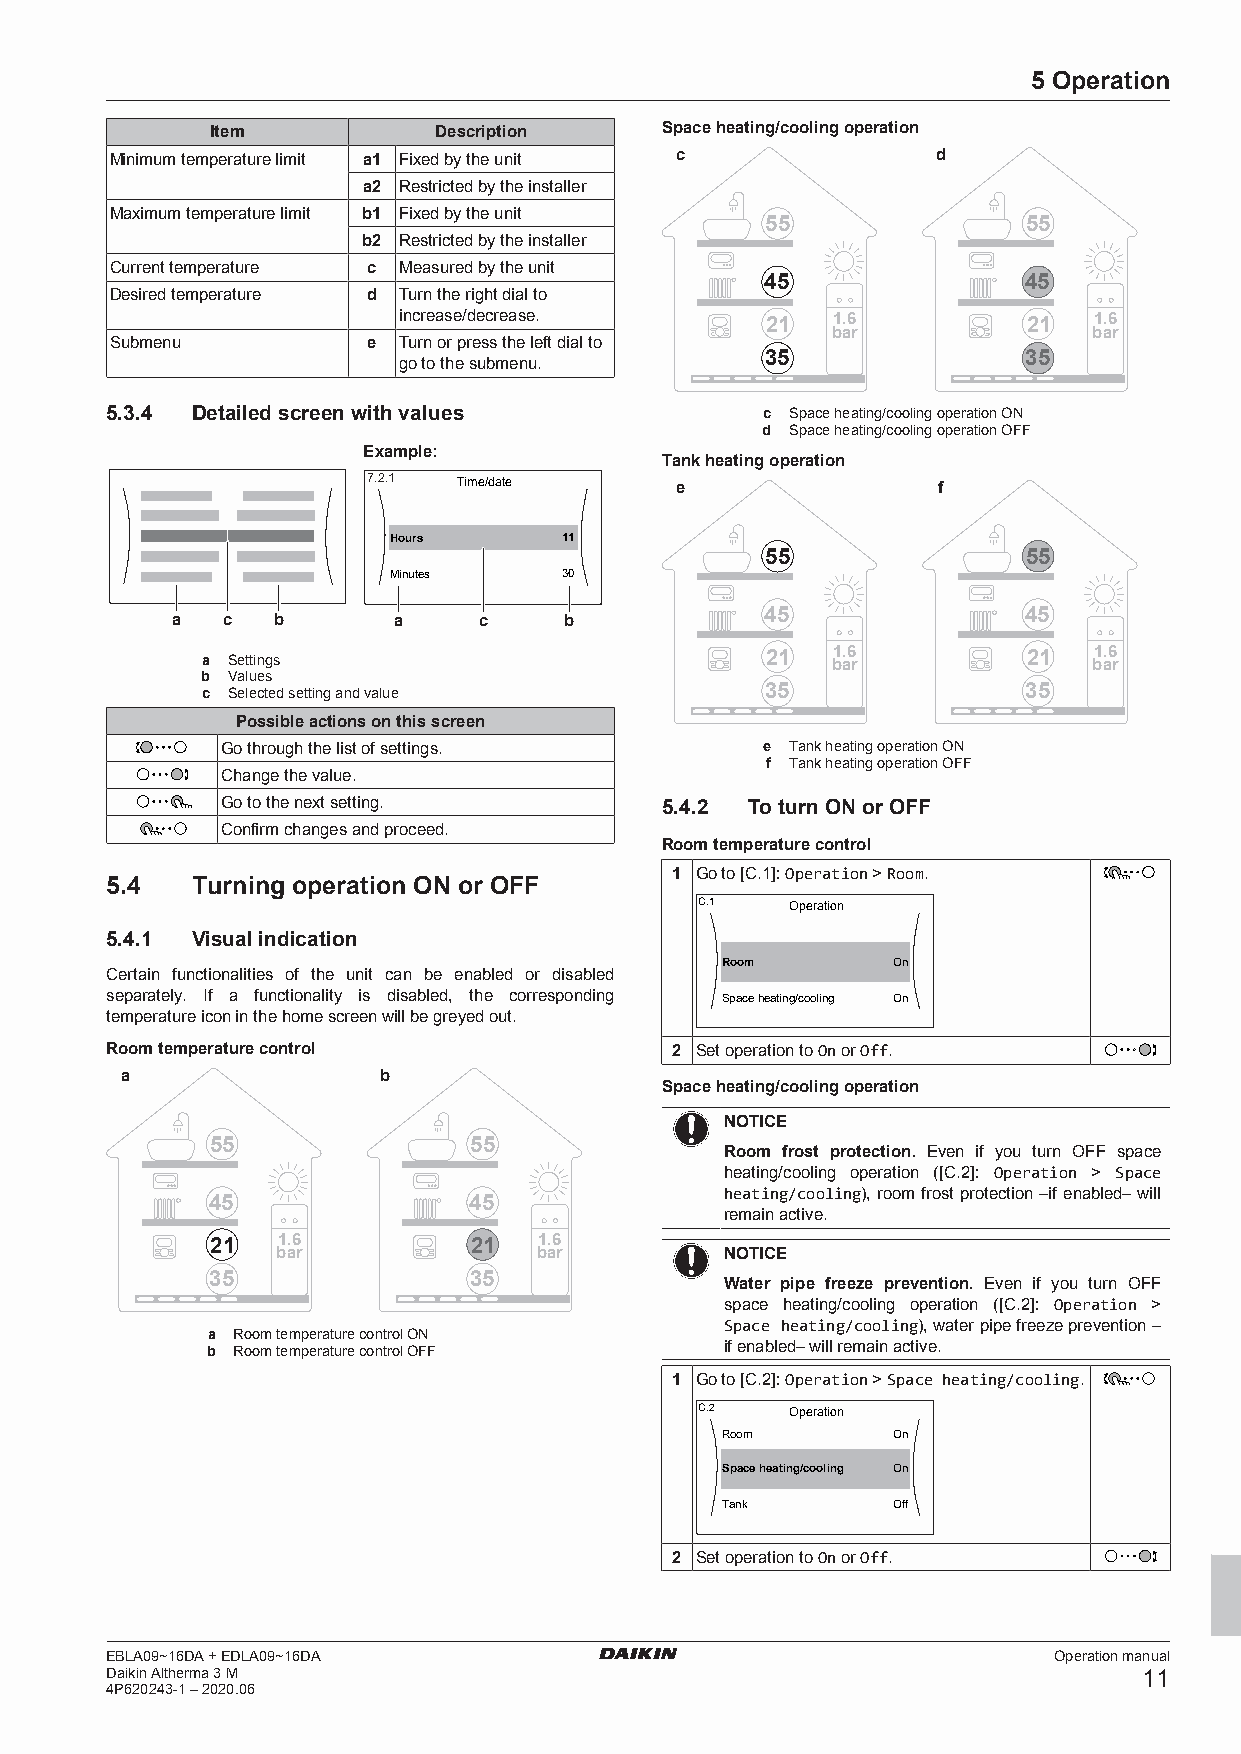
5 Operation
 Item           Description    Space heating/cooling operation
 Minimum temperature limit a1 Fixed by the unit c       d
 a2 Restricted by the installer
 Maximum temperature limit b1 Fixed by the unit
 55               55
 b2 Restricted by the installer
 Current temperature c Measured by the unit
 45               45
 Desired temperature d Turn the right dial to
 increase/decrease.       21  1.6          21  1.6
 bar              bar
 Submenu          e Turn or press the left dial to
 go to the submenu.       35               35
 5.3.4 Detailed screen with values          c Space heating/cooling operation ON
 d Space heating/cooling operation OFF
 Example:
 Tank heating operation
 7.2.1 Time/date
 e                f
 Hours      11
 55               55
 Minutes    30
 45               45
 a   c  b       a     c    b
 a Settings                            21  1.6          21  1.6
 bar              bar
 b Values
 c Selected setting and value          35               35
 Possible actions on this screen
 Go through the list of settings.   e Tank heating operation ON
 f Tank heating operation OFF
 Change the value.
 Go to the next setting.      5.4.2 To turn ON or OFF
 Confirm changes and proceed.
 Room temperature control
 1 Go to [C.1]: Operation > Room.
 5.4   Turning operation ON or OFF
 C.1   Operation
 5.4.1 Visual indication
 Room       On
 Certain functionalities of the unit can be enabled or disabled
 separately. If a functionality is disabled, the corresponding Space heating/cooling On
 temperature icon in the home screen will be greyed out.
 Room temperature control             2 Set operation to On or Off.
 a                b
 Space heating/cooling operation
 NOTICE
 55               55               Room frost protection. Even if you turn OFF space
 heating/cooling operation ([C.2]: Operation > Space
 heating/cooling), room frost protection –if enabled– will
 45               45
 remain active.
 21  1.6          21   1.6
 bar               bar         NOTICE
 35               35               Water pipe freeze prevention. Even if you turn OFF
 space heating/cooling operation ([C.2]: Operation >
 Space heating/cooling), water pipe freeze prevention –
 a Room temperature control ON
 b Room temperature control OFF    if enabled– will remain active.
 1 Go to [C.2]: Operation > Space heating/cooling.
 C.2   Operation
 Room       On
 Space heating/cooling On
 Tank       Off
 2 Set operation to On or Off.
 EBLA09~16DA + EDLA09~16DA                                      Operation manual
 Daikin Altherma 3 M                                                  11
 4P620243-1 – 2020.06